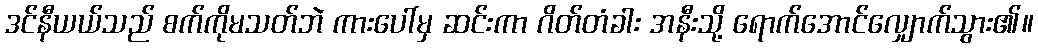
ဒင်နီယယ်သည် စက်ကိုမသတ်ဘဲ ကားပေါ်မှ ဆင်းကာ ဂိတ်တံခါး အနီးသို့ ရောက်အောင်လျှောက်သွား၏။